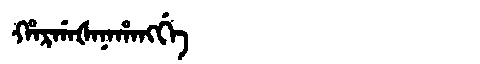
Manchu: ᡥᠠᡵᡤᠠᡧᠠᠨᠠᡥᠠᠩᡤᡝ
Romanization: HARGAŠANAHANGGE